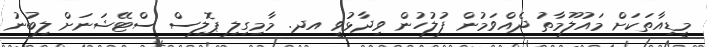
މީޑިއާތަކަށް މައުލޫމާތު ދެއްވަމުން ފުލުހުން ވިދާޅުވީ އދ. މާމިގިލި ޕޮލިސް ސްޓޭޝަނަށް ލިބުނު